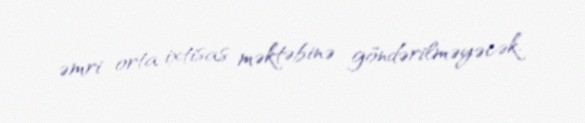
əmri orta ixtisas məktəbinə göndərilməyəcək.